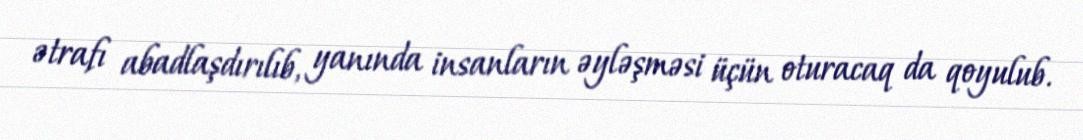
ətrafı abadlaşdırılıb, yanında insanların əyləşməsi üçün oturacaq da qoyulub.